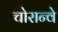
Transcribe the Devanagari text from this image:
चोरान्वे